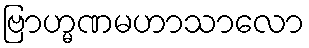
ဗြာဟ္မဏမဟာသာလော